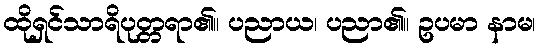
ထိုရှင်သာရိပုတ္တရာ၏။ ပညာယ၊ ပညာ၏။ ဥပမာ နာမ၊